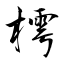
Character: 樗